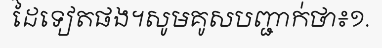
ដៃទៀតផង។សូមគូសបញ្ជាក់ថា៖១.